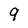
Character: 9